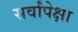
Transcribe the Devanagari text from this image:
सर्वांपेक्षा